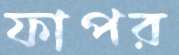
ফাপর